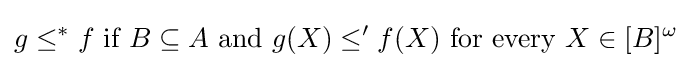
g\leq ^{*}f{\text{ if }}B\subseteq A{\text{ and }}g(X)\leq 'f(X){\text{ for every }}X\in [B]^{\omega }